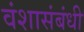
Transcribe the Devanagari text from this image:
वंशासंबंधी